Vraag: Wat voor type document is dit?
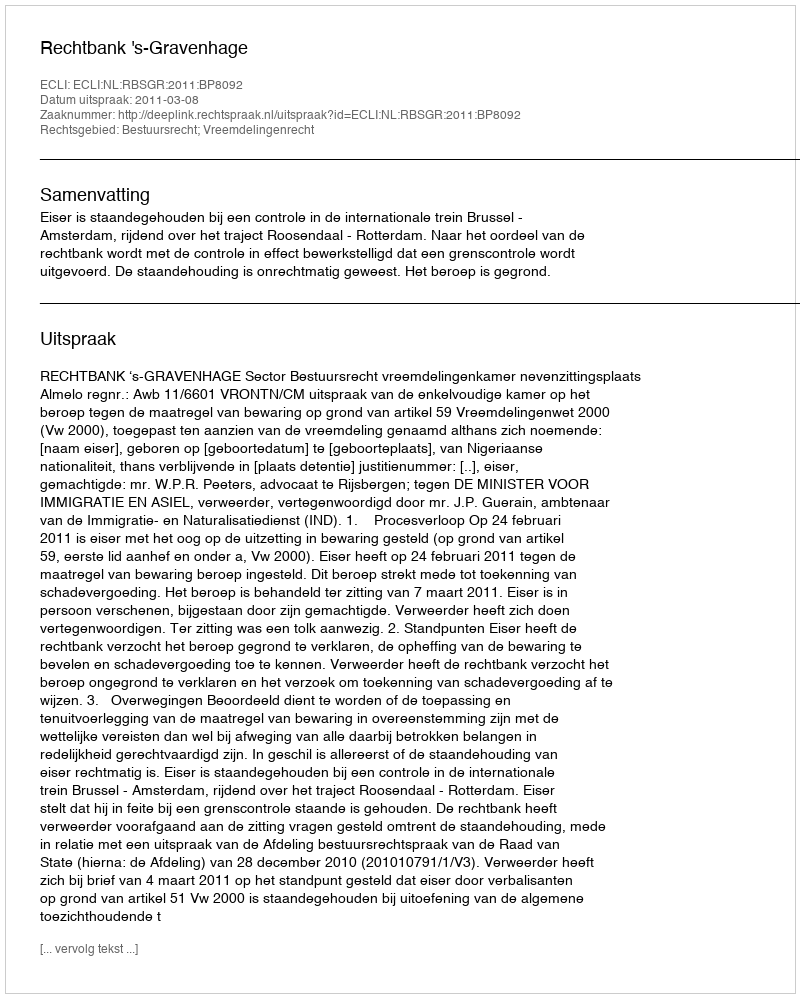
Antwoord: Uitspraak